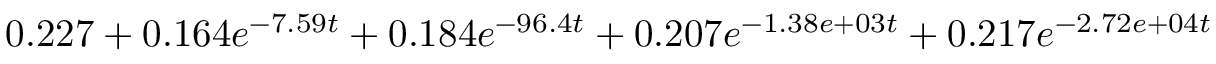
0 . 2 2 7 + 0 . 1 6 4 e ^ { - 7 . 5 9 t } + 0 . 1 8 4 e ^ { - 9 6 . 4 t } + 0 . 2 0 7 e ^ { - 1 . 3 8 e + 0 3 t } + 0 . 2 1 7 e ^ { - 2 . 7 2 e + 0 4 t }